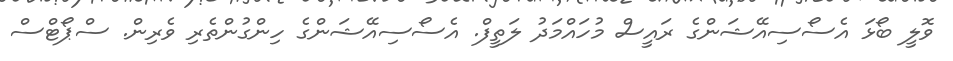
ވޮލީ ބޯޅަ އެސޯސިއޭޝަންގެ ރައީސް މުހައްމަދު ލަތީފް. އެސޯސިއޭޝަންގެ ހިންގުންތެރި ވެރިން. ސްޕޯޓްސް